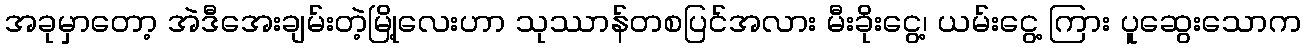
အခုမှာတော့ အဲဒီအေးချမ်းတဲ့မြို့လေးဟာ သုဿာန်တစပြင်အလား မီးခိုးငွေ့၊ ယမ်းငွေ့ ကြား ပူဆွေးသောက